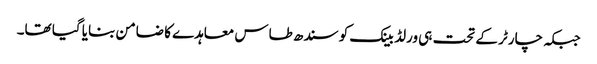
جبکہ چارٹر کے تحت ہی ورلڈ بینک کو سندھ طاس معاہدے کا ضامن بنایا گیا تھا۔